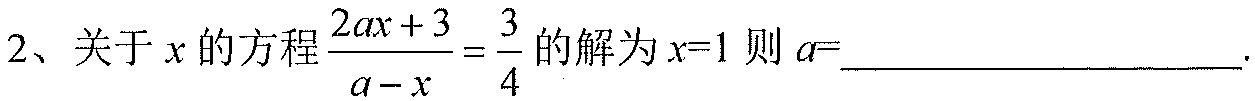
2、关于\(x\)的方程\(\frac{2ax + 3}{a - x}=\frac{3}{4}\)的解为\(x = 1\)则\(a=\)________________.